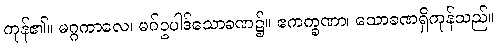
ကုန်၏။ မဂ္ဂကာလေ၊ မဂ်ဥပါဒ်သောခဏ၌။ ဧကက္ခဏာ၊ သောခဏရှိကုန်သည်။